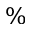
\%